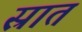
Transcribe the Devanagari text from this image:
स्रात